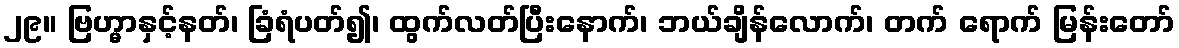
၂၉။ ဗြဟ္မာနှင့်နတ်၊ ခြံရံပတ်၍၊ ထွက်လတ်ပြီးနောက်၊ ဘယ်ချိန်လောက်၊ တက် ရောက် မြန်းတော်